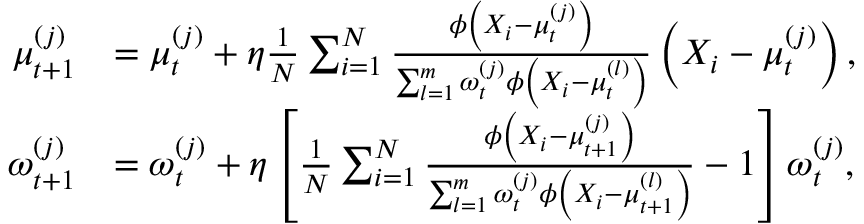
\begin{array} { r l } { \mu _ { t + 1 } ^ { ( j ) } } & { = \mu _ { t } ^ { ( j ) } + \eta \frac { 1 } { N } \sum _ { i = 1 } ^ { N } \frac { \phi \left( X _ { i } - \mu _ { t } ^ { ( j ) } \right) } { \sum _ { l = 1 } ^ { m } \omega _ { t } ^ { ( j ) } \phi \left( X _ { i } - \mu _ { t } ^ { ( l ) } \right) } \left( X _ { i } - \mu _ { t } ^ { ( j ) } \right) , } \\ { \omega _ { t + 1 } ^ { ( j ) } } & { = \omega _ { t } ^ { ( j ) } + \eta \left[ \frac { 1 } { N } \sum _ { i = 1 } ^ { N } \frac { \phi \left( X _ { i } - \mu _ { t + 1 } ^ { ( j ) } \right) } { \sum _ { l = 1 } ^ { m } \omega _ { t } ^ { ( j ) } \phi \left( X _ { i } - \mu _ { t + 1 } ^ { ( l ) } \right) } - 1 \right] \omega _ { t } ^ { ( j ) } , } \end{array}